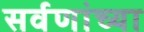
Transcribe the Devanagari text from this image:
सर्वणांच्या